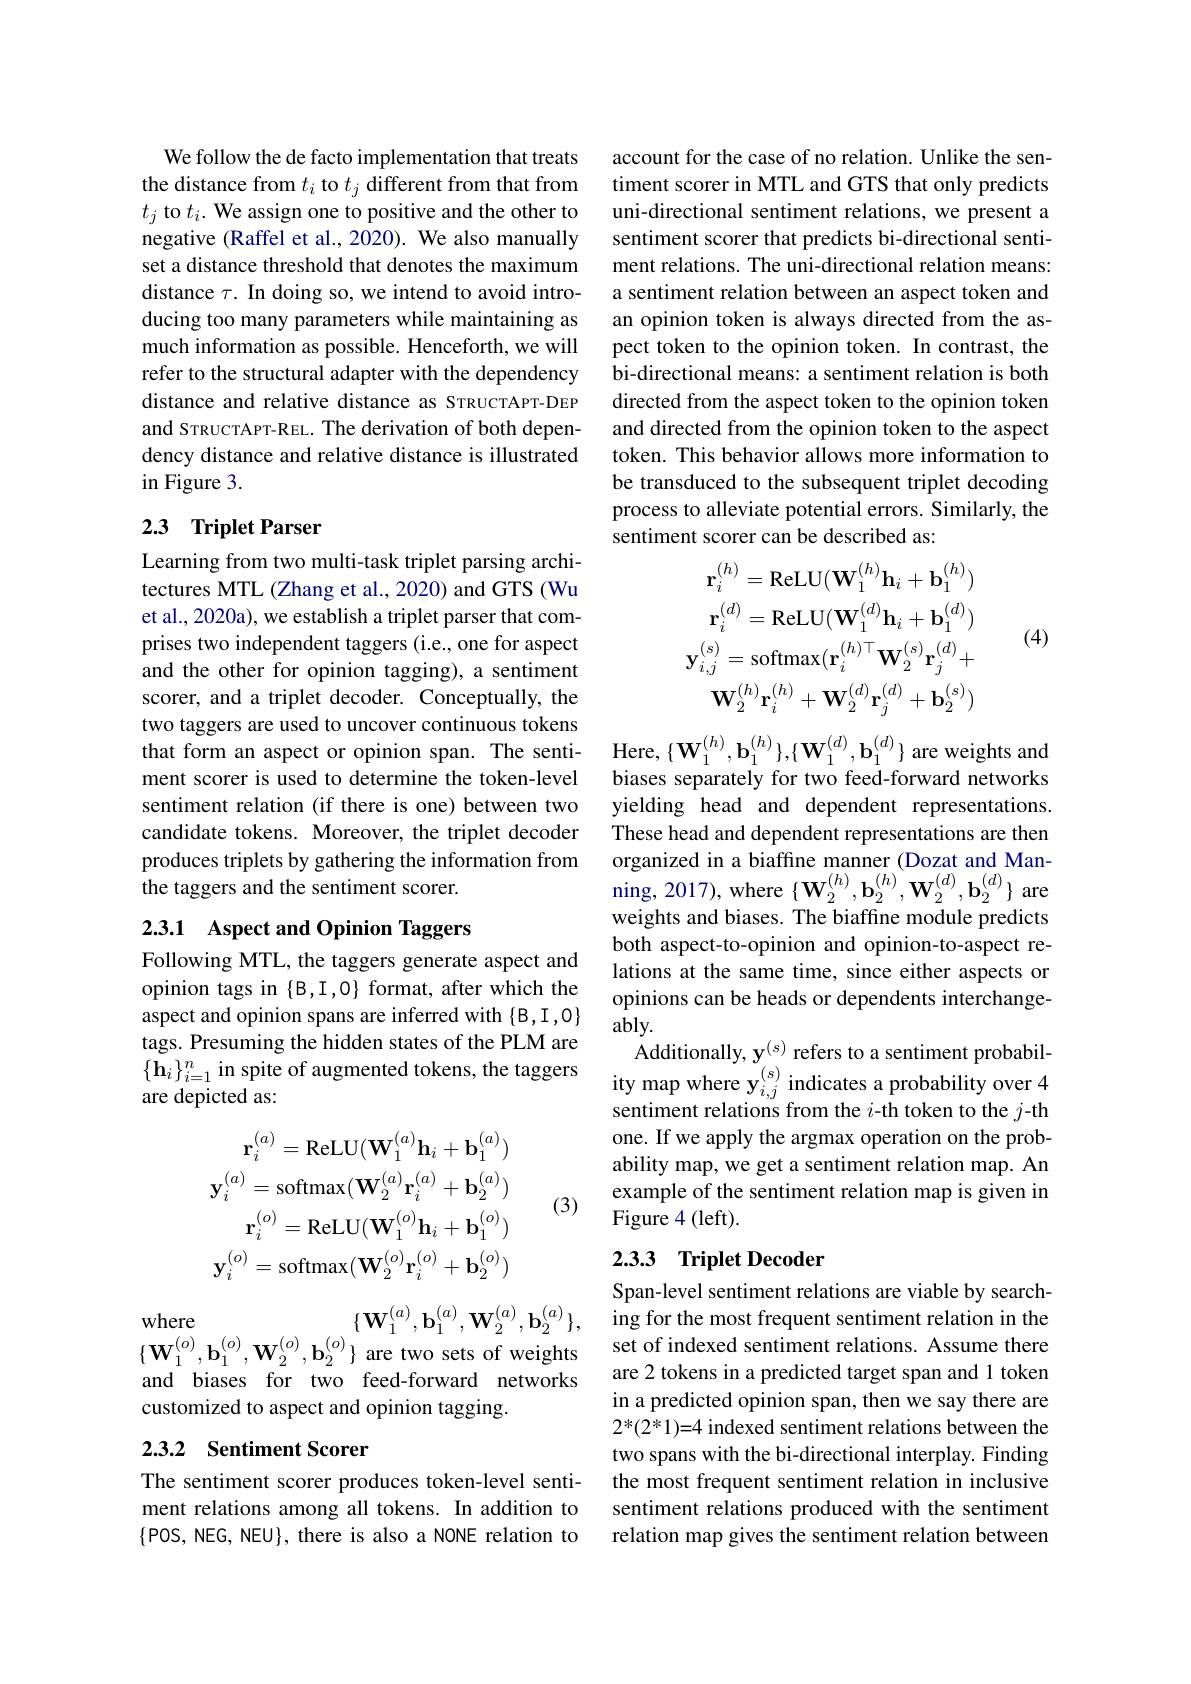
We follow the de facto implementation that treats the distance from $t_i$ to $t_j$ different from that from $t_j$ to $t_i.$ We assign one to positive and the other to negative (Raffel et al.,2020). We also manually set a distance threshold that denotes the maximum distance $\tau.$ In doing so, we intend to avoid introducing too many parameters while maintaining as much information as possible. Henceforth, we will refer to the structural adapter with the dependency distance and relative distance as STRUCTAPT-DEP and STRUCTAPT-REL. The derivation of both dependency distance and relative distance is illustrated in Figure 3.

## 2.3 Triplet Parser

Learning from two multi-task triplet parsing architectures MTL (Zhang et al., 2020) and GTS (Wu et al., 2020a), we establish a triplet parser that comprises two independent taggers (i.e., one for aspect and the other for opinion tagging), a sentiment scorer, and a triplet decoder. Conceptually, the two taggers are used to uncover continuous tokens that form an aspect or opinion span. The senti- Here, $\{ \mathbf{W} _{1}^{( h) }, \mathbf{b} _{1}^{( h) }\} , \{ \mathbf{W} _{1}^{( d) }, \mathbf{b} _{1}^{( d) }\}$ are weights and ment scorer is used to determine the token- level biases separately for two feed- forward networks
sentiment relation (if there is one) between two candidate tokens. Moreover, the triplet decoder produces triplets by gathering the information from the taggers and the sentiment scorer.

## 2.3.1 Aspect and Opinion Taggers

Following MTL, the taggers generate aspect and opinion tags in $\{\mathcal{B},\mathcal{I},\mathcal{O}\}$ format, after which the tags. Presuming the hidden states of the PLM are $\{\mathbf{h}_{i}\}_{i=1}^{n}$ in spite of augmented tokens, the taggers are depicted as:
$$\mathbf{r}_{i}^{(a)}=\mathrm{ReLU}(\mathbf{W}_{1}^{(a)}\mathbf{h}_{i}+\mathbf{b}_{1}^{(a)})\\\mathbf{y}_{i}^{(a)}=\mathrm{softmax}(\mathbf{W}_{2}^{(a)}\mathbf{r}_{i}^{(a)}+\mathbf{b}_{2}^{(a)})\\\mathbf{r}_{i}^{(o)}=\mathrm{ReLU}(\mathbf{W}_{1}^{(o)}\mathbf{h}_{i}+\mathbf{b}_{1}^{(o)})\\\mathbf{y}_{i}^{(o)}=\mathrm{softmax}(\mathbf{W}_{2}^{(o)}\mathbf{r}_{i}^{(o)}+\mathbf{b}_{2}^{(o)})$$
(3)

$\{ \mathbf{W} _{1}^{( a) }, \mathbf{b} _{1}^{( a) }, \mathbf{W} _{2}^{( a) }, \mathbf{b} _{2}^{( a) }\} $, ing for the most frequent sentiment relation in the
$\{\mathbf{W}_{1}^{(o)},\mathbf{b}_{1}^{(o)},\mathbf{W}_{2}^{(o)},\mathbf{b}_{2}^{(o)}\}$ are two sets of weights

where

and biases for two feed-forward networks
customized to aspect and opinion tagging.

## 2.3.2 Sentiment Scorer

The sentiment scorer produces token-level sentiment relations among all tokens. In addition to $\{$POS, NEG, NEU}, there is also a NONE relation to

account for the case of no relation. Unlike the sentiment scorer in MTL and GTS that only predicts uni-directional sentiment relations, we present a sentiment scorer that predicts bi-directional sentiment relations. The uni-directional relation means: a sentiment relation between an aspect token and an opinion token is always directed from the aspect token to the opinion token. In contrast, the bi-directional means: a sentiment relation is both directed from the aspect token to the opinion token and directed from the opinion token to the aspect token. This behavior allows more information to be transduced to the subsequent triplet decoding process to alleviate potential errors. Similarly, the sentiment scorer can be described as:

(4)
$$\mathbf{r}_{i}^{(h)}=\mathrm{ReLU}(\mathbf{W}_{1}^{(h)}\mathbf{h}_{i}+\mathbf{b}_{1}^{(h)})\\\mathbf{r}_{i}^{(d)}=\mathrm{ReLU}(\mathbf{W}_{1}^{(d)}\mathbf{h}_{i}+\mathbf{b}_{1}^{(d)})\\\mathbf{y}_{i,j}^{(s)}=\mathrm{softmax}(\mathbf{r}_{i}^{(h)\top}\mathbf{W}_{2}^{(s)}\mathbf{r}_{j}^{(d)}+\\\mathbf{W}_{2}^{(h)}\mathbf{r}_{i}^{(h)}+\mathbf{W}_{2}^{(d)}\mathbf{r}_{j}^{(d)}+\mathbf{b}_{2}^{(s)})$$
yielding head and dependent representations. These head and dependent representations are then organized in a biaffine manner (Dozat and Man- $\operatorname{ning},2017)$,where$\left\{\mathbf{W}_{2}^{(h)},\mathbf{b}_{2}^{(h)},\mathbf{W}_{2}^{(d)},\mathbf{b}_{2}^{(d)}\right\}$are weights and biases. The biaffine module predicts both aspect-to-opinion and opinion-to-aspect relations at the same time, since either aspects or opinions can be heads or dependents interchange-
aspect and opinion spans are inferred with $\{ \mathcal{B} , \mathcal{I} , \mathcal{O} \}$ ably.
Additionally, y$^{(\mathrm{s})}$ refers to a sentiment probability map where $\mathbf{y}_{i,j}^{(s)}$ indicates a probability over 4 sentiment relations from the $i$-th token to the $j$-th one. If we apply the argmax operation on the probability map, we get a sentiment relation map. An example of the sentiment relation map is given in Figure 4 (left).

## 2.3.3 Triplet Decoder

Span-level sentiment relations are viable by searchset of indexed sentiment relations. Assume there are 2 tokens in a predicted target span and 1 token in a predicted opinion span, then we say there are $2*(2^*1)=4 indexed sentiment relations between the$ two spans with the bi-directional interplay. Finding the most frequent sentiment relation in inclusive sentiment relations produced with the sentiment relation map gives the sentiment relation between